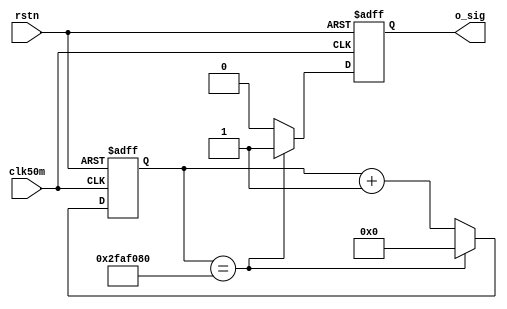
//--------------------------------------------------
//  
//  Library Name :  de2
//  Unit    Name :  clk_event_50m
//  Unit    Type :  Text Unit
//  
//----------------------------------------------------
//////////////////////////////////////////
//////////////////////////////////////////
//
//
// Company     : Onbitel
//
// Description : 
//
//////////////////////////////////////////
//////////////////////////////////////////
module  clk_event_50m (clk50m, rstn, o_sig);
   input clk50m ; wire clk50m ;
   input rstn ; wire rstn ;
   output o_sig ; wire o_sig ;

    reg        r_sig;
    reg [25:0] r_cnt;

    assign  o_sig = r_sig ;

    always @( posedge clk50m or negedge rstn ) begin
        if( !rstn ) begin
            r_cnt <= 26'd0 ;
            r_sig <= 1'b0 ;
        end
        else begin
            if(r_cnt == 26'd50000000) begin
                r_cnt <= 26'd0 ;
                r_sig <= 1'b1 ;
            end
            else begin
                r_cnt <= r_cnt + 1'd1;
                r_sig <= 1'b0 ;
            end
        end
    end

endmodule